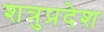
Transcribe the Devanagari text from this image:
शत्रुप्रदेश